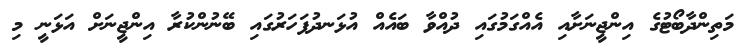
މަތިންދާބޯޓުގެ އިންޖީނަށާއި އެއްގަމުގައި ދުއްވާ ބައެއް އުޅަނދުފަހަރުގައި ބޭނުންކުރާ އިންޖީނަށް އަޅަނީ މި